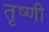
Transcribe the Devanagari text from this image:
तृष्णी